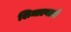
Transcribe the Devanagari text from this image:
शिमाल्याचे